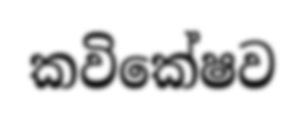
කවිකේෂව